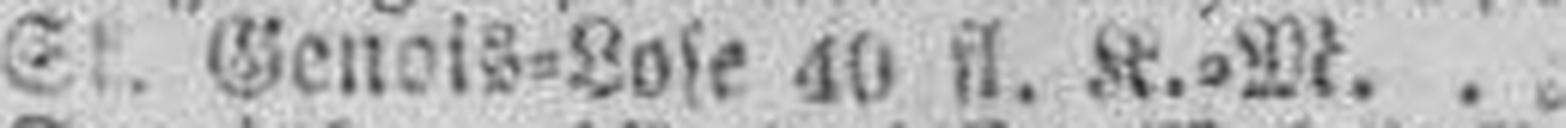
St. Genois=Lose 40 fl. K.=M.